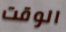
الوقت